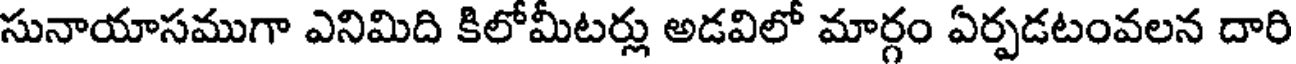
సునాయాసముగా ఎనిమిది కిలోమీటర్లు అడవిలో మార్గం ఏర్పడటంవలన దారి